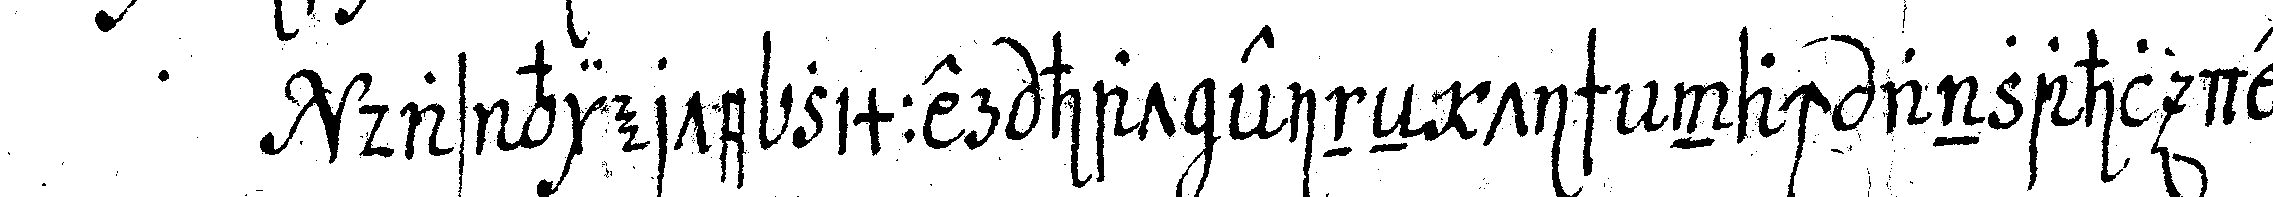
das vierte zimmer hat eineN tisch nach anzahl der